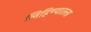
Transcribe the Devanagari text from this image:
लिहिण्यातला